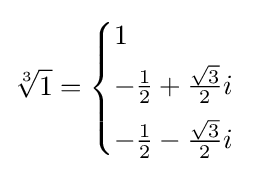
{\sqrt[{3}]{1}}={\begin{cases}1\\[3pt]-{\frac {1}{2}}+{\frac {\sqrt {3}}{2}}i\\[5pt]-{\frac {1}{2}}-{\frac {\sqrt {3}}{2}}i\end{cases}}